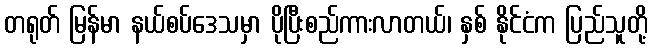
တရုတ် မြန်မာ နယ်စပ်ဒေသမှာ ပိုပြီးစည်ကားလာတယ်၊ နှစ် နိုင်ငံက ပြည်သူတို့